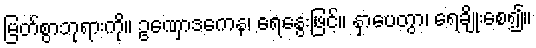
မြတ်စွာဘုရားကို။ ဥဏှောဒကေန၊ ရေနွေးဖြင့်။ နှာပေတွာ၊ ရေချိုးစေ၍။